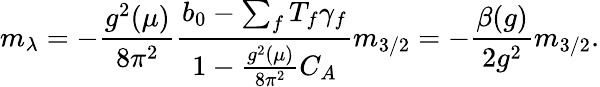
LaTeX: m_{\lambda}=-\frac{g^{2}(\mu)}{8\pi^{2}}\frac{b_{0}-\sum_{f}T_{f}\gamma_{f}}{1-\frac{g^{2}(\mu)}{8\pi^{2}}C_{A}}m_{3/2}=-\frac{\beta(g)}{2g^{2}}m_{3/2}.